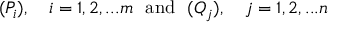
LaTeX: ( P _ { i } ) , \quad i = 1 , 2 , . . . m \ \ { \mathrm { a n d } } \ \ ( Q _ { j } ) , \quad j = 1 , 2 , . . . n